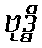
ဗုဒ္ဓိ